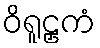
ဝိရူဠှကံ